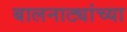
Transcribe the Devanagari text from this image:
बालनाट्यांच्या